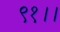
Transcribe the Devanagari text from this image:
९१।।